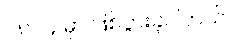
၁၈၂၄ မှာ ဖြစ်ပွားခဲ့ပါတယ်။